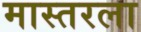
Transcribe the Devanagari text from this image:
मास्तरला